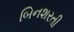
બિનશરતી